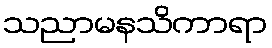
သညာမနသိကာရာ